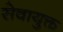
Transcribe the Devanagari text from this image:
सेवायुक्त